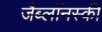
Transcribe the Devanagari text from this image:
जैब्लाॅनस्की